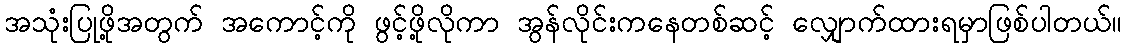
အသုံးပြုဖို့အတွက် အကောင့်ကို ဖွင့်ဖို့လိုကာ အွန်လိုင်းကနေတစ်ဆင့် လျှောက်ထားရမှာဖြစ်ပါတယ်။